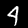
Digit: 4